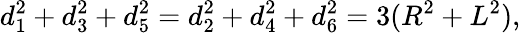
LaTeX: d_{1}^{2}+d_{3}^{2}+d_{5}^{2}=d_{2}^{2}+d_{4}^{2}+d_{6}^{2}=3(R^{2}+L^{2}),